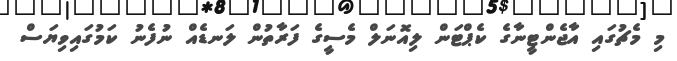
މި މެޗުގައި އާޖެންޓީނާގެ ކެޕްޓަން ލިއޮނަލް މެސީގެ ފަރާތުން ލަނޑެއް ނުފެނު ކަމުގައިވިޔަސް